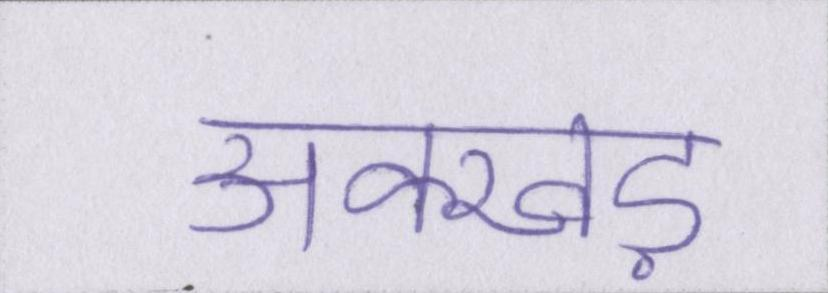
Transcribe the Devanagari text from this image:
अक्खड़